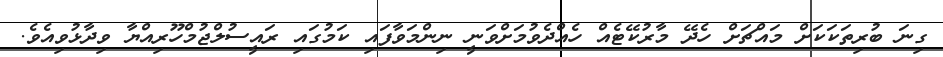
ގިނަ ބުރިތަކަކަށް މައްޗަށް ހެދޭ މާރުކޭޓެއް ހެއްދެވުމަށްވަނީ ނިންމަވާފައި ކަމުގައި ރައީސުލްޖުމްހޫރިއްޔާ ވިދާޅުވިއެވެ.